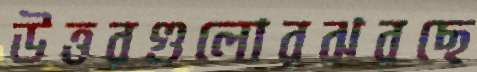
উত্তরগুলোরঝরছে